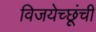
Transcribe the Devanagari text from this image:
विजयेच्छूंची